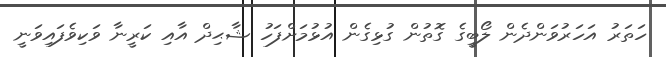
ހަތަރު އަހަރުވަންދެން ލޯބީގެ ގޮތުން ގުޅިގެން އުޅުމަށްފަހު ޝާޙިދް އާއި ކަރީނާ ވަކިވެފައިވަނީ